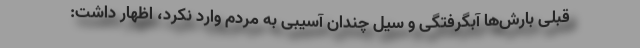
قبلی بارش‌ها آبگرفتگی و سیل چندان آسیبی به مردم وارد نکرد، اظهار داشت: